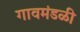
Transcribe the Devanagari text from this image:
गावमंडळी